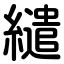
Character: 繾